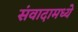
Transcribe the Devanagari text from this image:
संवादामध्ये